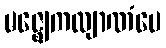
မဇ္ဈေကလျာဏံပေ